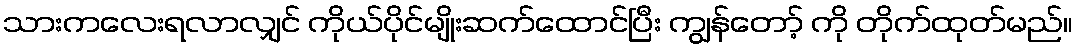
သားကလေးရလာလျှင် ကိုယ်ပိုင်မျိုးဆက်ထောင်ပြီး ကျွန်တော့် ကို တိုက်ထုတ်မည်။